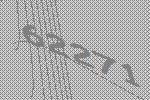
62271